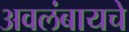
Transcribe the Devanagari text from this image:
अवलंबायचे